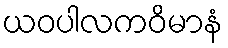
ယဝပါလကဝိမာနံ